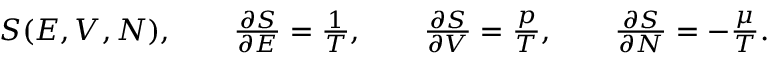
\begin{array} { r } { S ( E , V , N ) , \qquad \frac { \partial S } { \partial E } = \frac { 1 } { T } , \qquad \frac { \partial S } { \partial V } = \frac { p } { T } , \qquad \frac { \partial S } { \partial N } = - \frac { \mu } { T } . } \end{array}